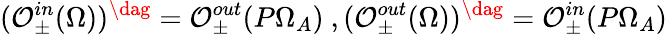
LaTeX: (\mathcal{O}_{\pm}^{in}(\Omega))^{\dag}=\mathcal{O}_{\pm}^{out}(P\Omega_{A})\ ,(\mathcal{O}_{\pm}^{out}(\Omega))^{\dag}=\mathcal{O}_{\pm}^{in}(P\Omega_{A})